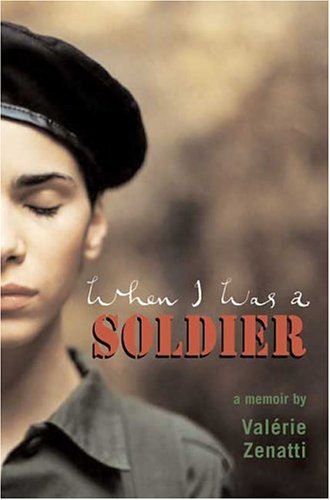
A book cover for When I Was a Soldier; Valerie Zenatti; Teen & Young Adult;